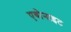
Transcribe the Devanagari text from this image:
एबोनाइट